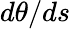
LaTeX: d\theta/ds